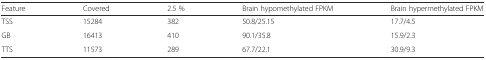
<table><thead><tr><td><b>Feature</b></td><td><b>Covered</b></td><td><b>2.5 %</b></td><td><b>Brain hypomethylated FPKM</b></td><td><b>Brain hypermethylated FPKM</b></td></tr></thead><tbody><tr><td>TSS</td><td>15284</td><td>382</td><td>50.8/25.15</td><td>17.7/4.5</td></tr><tr><td>GB</td><td>16413</td><td>410</td><td>90.1/35.8</td><td>15.9/2.3</td></tr><tr><td>TTS</td><td>11573</td><td>289</td><td>67.7/22.1</td><td>30.9/9.3</td></tr></tbody></table>